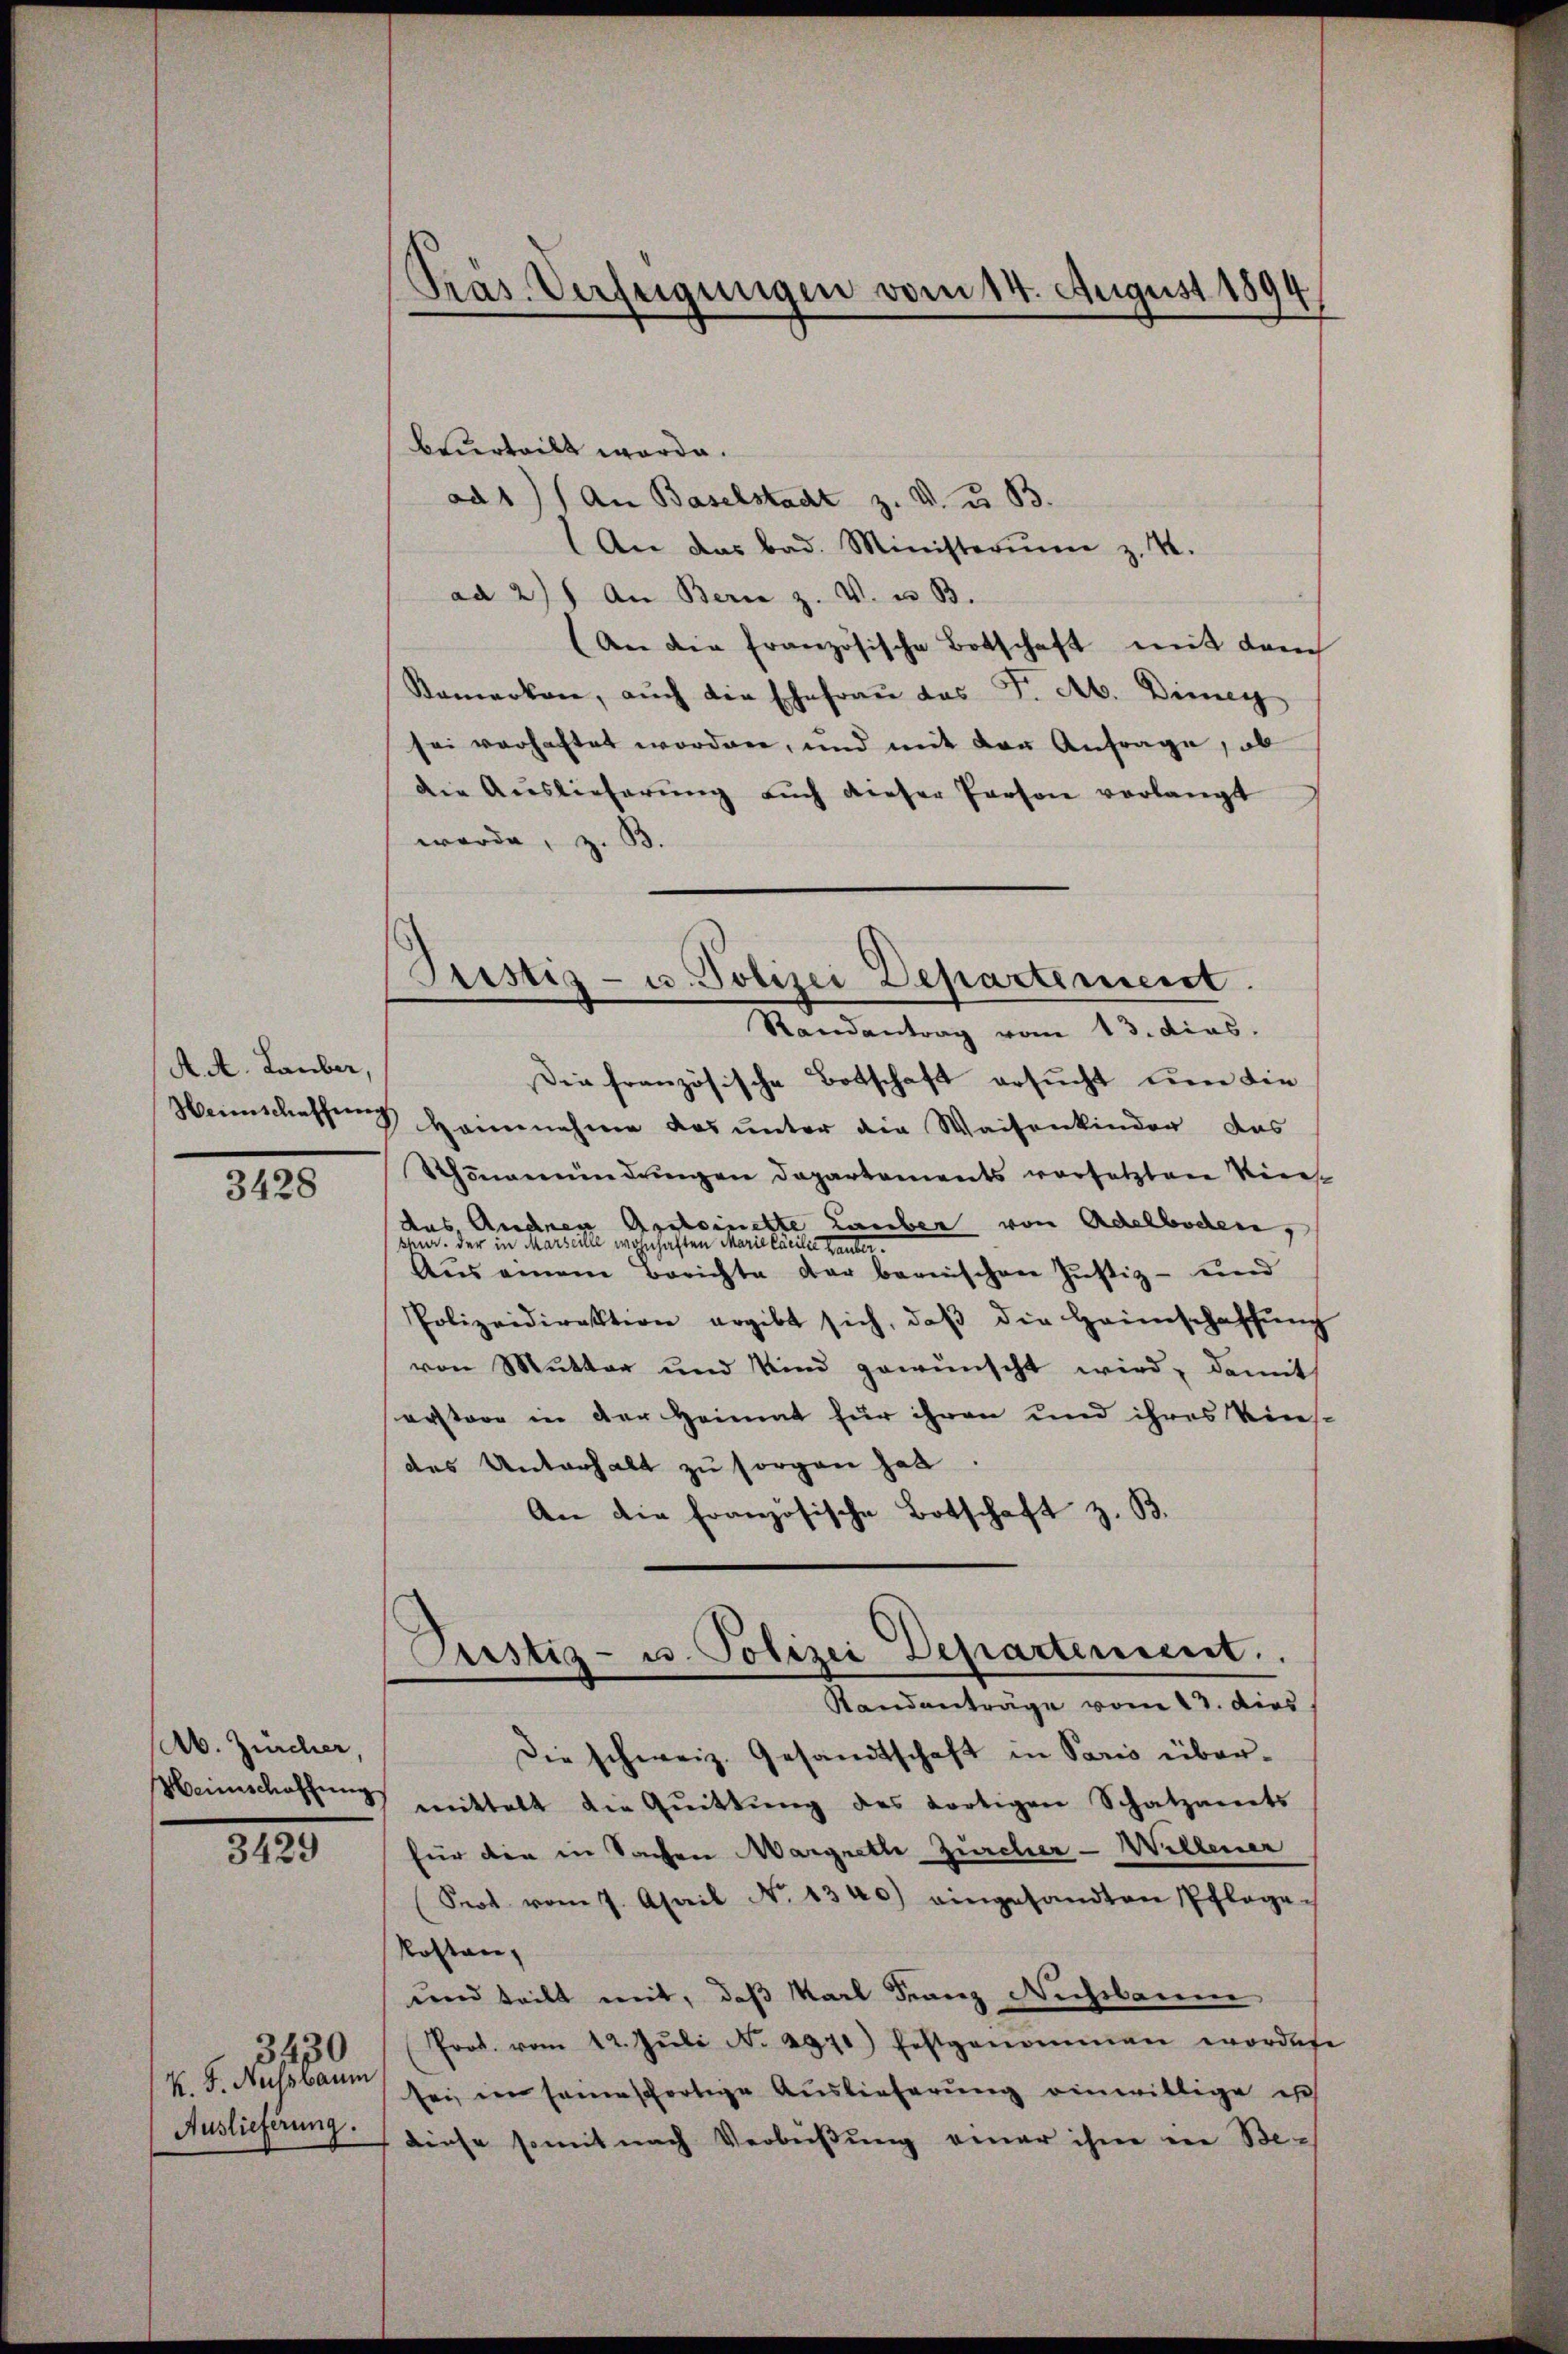
A. A. Lauber,

3428

Ab. Zürcher,
Meinschaffung

3429

K. F. Aussbaum
Auslieferung.

30

beurteilt werde.
ad 1) an Baselstadt z. v. u. 33.
An das bad. Ministerium z. B.
ad 2) an Bern z. V. u. B.
An die französische Botschaft mit dem
Kamerken, auch die Ehefrau das F. Ab. Ding
sei verhaftet worden, und mit der Anfrage, ob
die Auslieferung auch dieser Person verlangt
werde, z. B.

Präs. Verfügungen vom 14. August 1894

Pristiz- u. Polizei Departement.
Randantrag vom 13. dias.

Die französische Botschaft ersucht um die
Heimschaffung Heinnahme das unter die Waisenkinder das
Schönenindungen Departements vorsetzten Reces
das Andenen Appleinette Lauben von Adelboden,
sid. Der in Marseille wohnhaften Marie laeiler Hander.
Aus einem Berichte der bernischen Justiz- und
Polizeidirektion ergibt sich, daβ die Heimschaffŭng
von Mutter und Kind gewünscht wird, damit
erstere in der Heimat für ihren und ihres Vinsdes Unterhalt zŭ sorgen hat.
An die Französische Botschaft z. B.

¬
Pustiz- u. Polizei Departement.
Standanträge vom 23. dies

Die schweiz. Gesandtschaft in Paris über-
mittelt die Quittung des dortigen Schatzarets
für die in Sachen Margrette Zürcher - Willener
Seot vom 7. April No 1340) eingesandten Pflage-
Kosten,
und teilt mit, daß Karl Franz Nichtbaum
Prot. vom 12. Jŭli N. 2971) festgenommen wordete
sei, in seine fortige Auslieferung einwillige est
diese somit nach Verbüßung einer ihm in Be¬